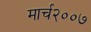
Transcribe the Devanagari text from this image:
मार्च२००७